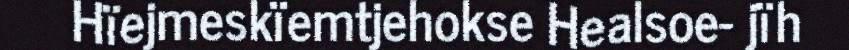
Hïejmeskïemtjehokse Healsoe- jïh